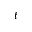
t